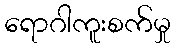
ရောဂါကူးစက်မှု